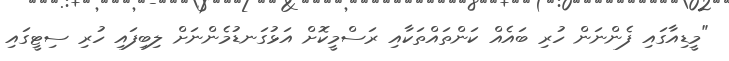
"މީޑިއާގައި ފެންނަން ހުރި ބައެއް ކަންތައްތަކާއި ރަސްމީކޮށް އަޅުގަނޑުމެންނަށް ލިބިފައި ހުރި ސިޓީގައި